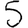
Digit: 5